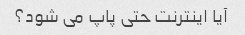
آیا اینترنت حتی پاپ می شود؟